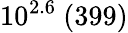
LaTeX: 10^{2.6}\ (399)